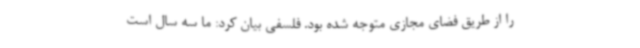
را از طریق فضای مجازی متوجه شده بود. فلسفی بیان کرد: ما سه سال است